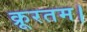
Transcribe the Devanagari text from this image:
क्रूरतम।